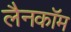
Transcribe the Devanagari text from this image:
लैनकॉम